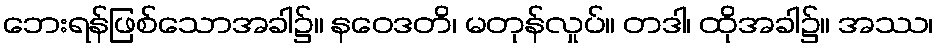
ဘေးရန်ဖြစ်သောအခါ၌။ နဝေဒတိ၊ မတုန်လှုပ်။ တဒါ၊ ထိုအခါ၌။ အဿ၊